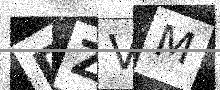
Text: DZVM